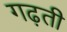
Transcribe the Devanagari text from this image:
गढ़ती